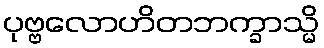
ပုဗ္ဗလောဟိတဘက္ခာသ္မိ